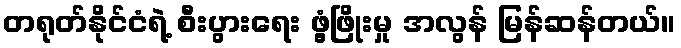
တရုတ်နိုင်ငံရဲ့ စီးပွားရေး ဖွံ့ဖြိုးမှု အလွန် မြန်ဆန်တယ်။